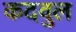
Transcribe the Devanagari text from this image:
कदवुल